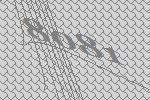
8081